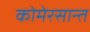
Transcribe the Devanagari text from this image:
कोमेरसान्त